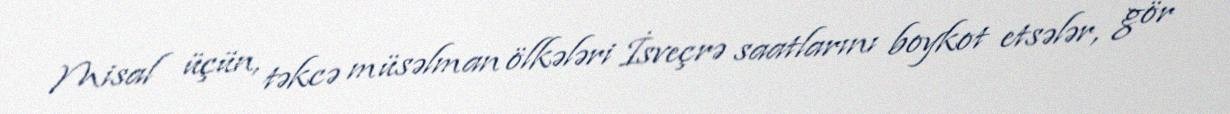
Misal üçün, təkcə müsəlman ölkələri İsveçrə saatlarını boykot etsələr, gör